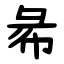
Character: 㣇